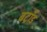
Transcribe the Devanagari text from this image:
बट्राँड